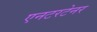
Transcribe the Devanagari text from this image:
एनटरटेनर